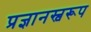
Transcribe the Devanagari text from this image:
प्रज्ञानस्वरूप